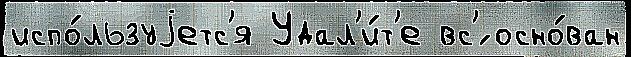
испо́льзуjетс'я Удал'и́т'е вс'́ осно́ван